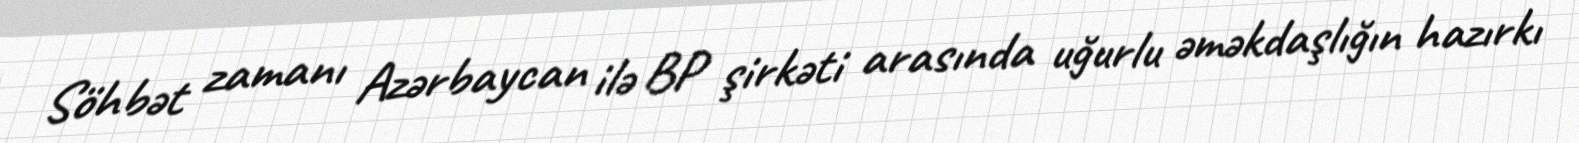
Söhbət zamanı Azərbaycan ilə BP şirkəti arasında uğurlu əməkdaşlığın hazırkı